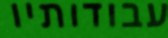
עבודותיו